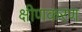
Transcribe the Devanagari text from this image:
क्षीणकरण